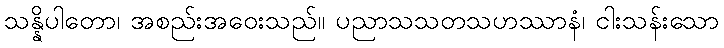
သန္နိပါတော၊ အစည်းအဝေးသည်။ ပညာသသတသဟဿာနံ၊ ငါးသန်းသော